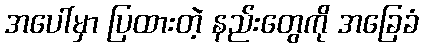
အပေါ်မှာ ပြထားတဲ့ နည်းတွေကို အခြေခံ